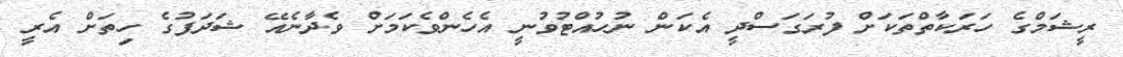
ރީޝަމްގެ ހަރަކާތްތަކަށް ފުރަގަސްދީ އެކަން ނުހުއްޓުވުނީ އެހެންވެކަމަށް ވެދާނެއޭ ޝަދަފުގެ ހިތަށް އެރީ